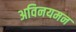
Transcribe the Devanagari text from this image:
अविनयमन